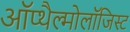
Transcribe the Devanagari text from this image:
ऑप्थैल्मोलॉजिस्ट